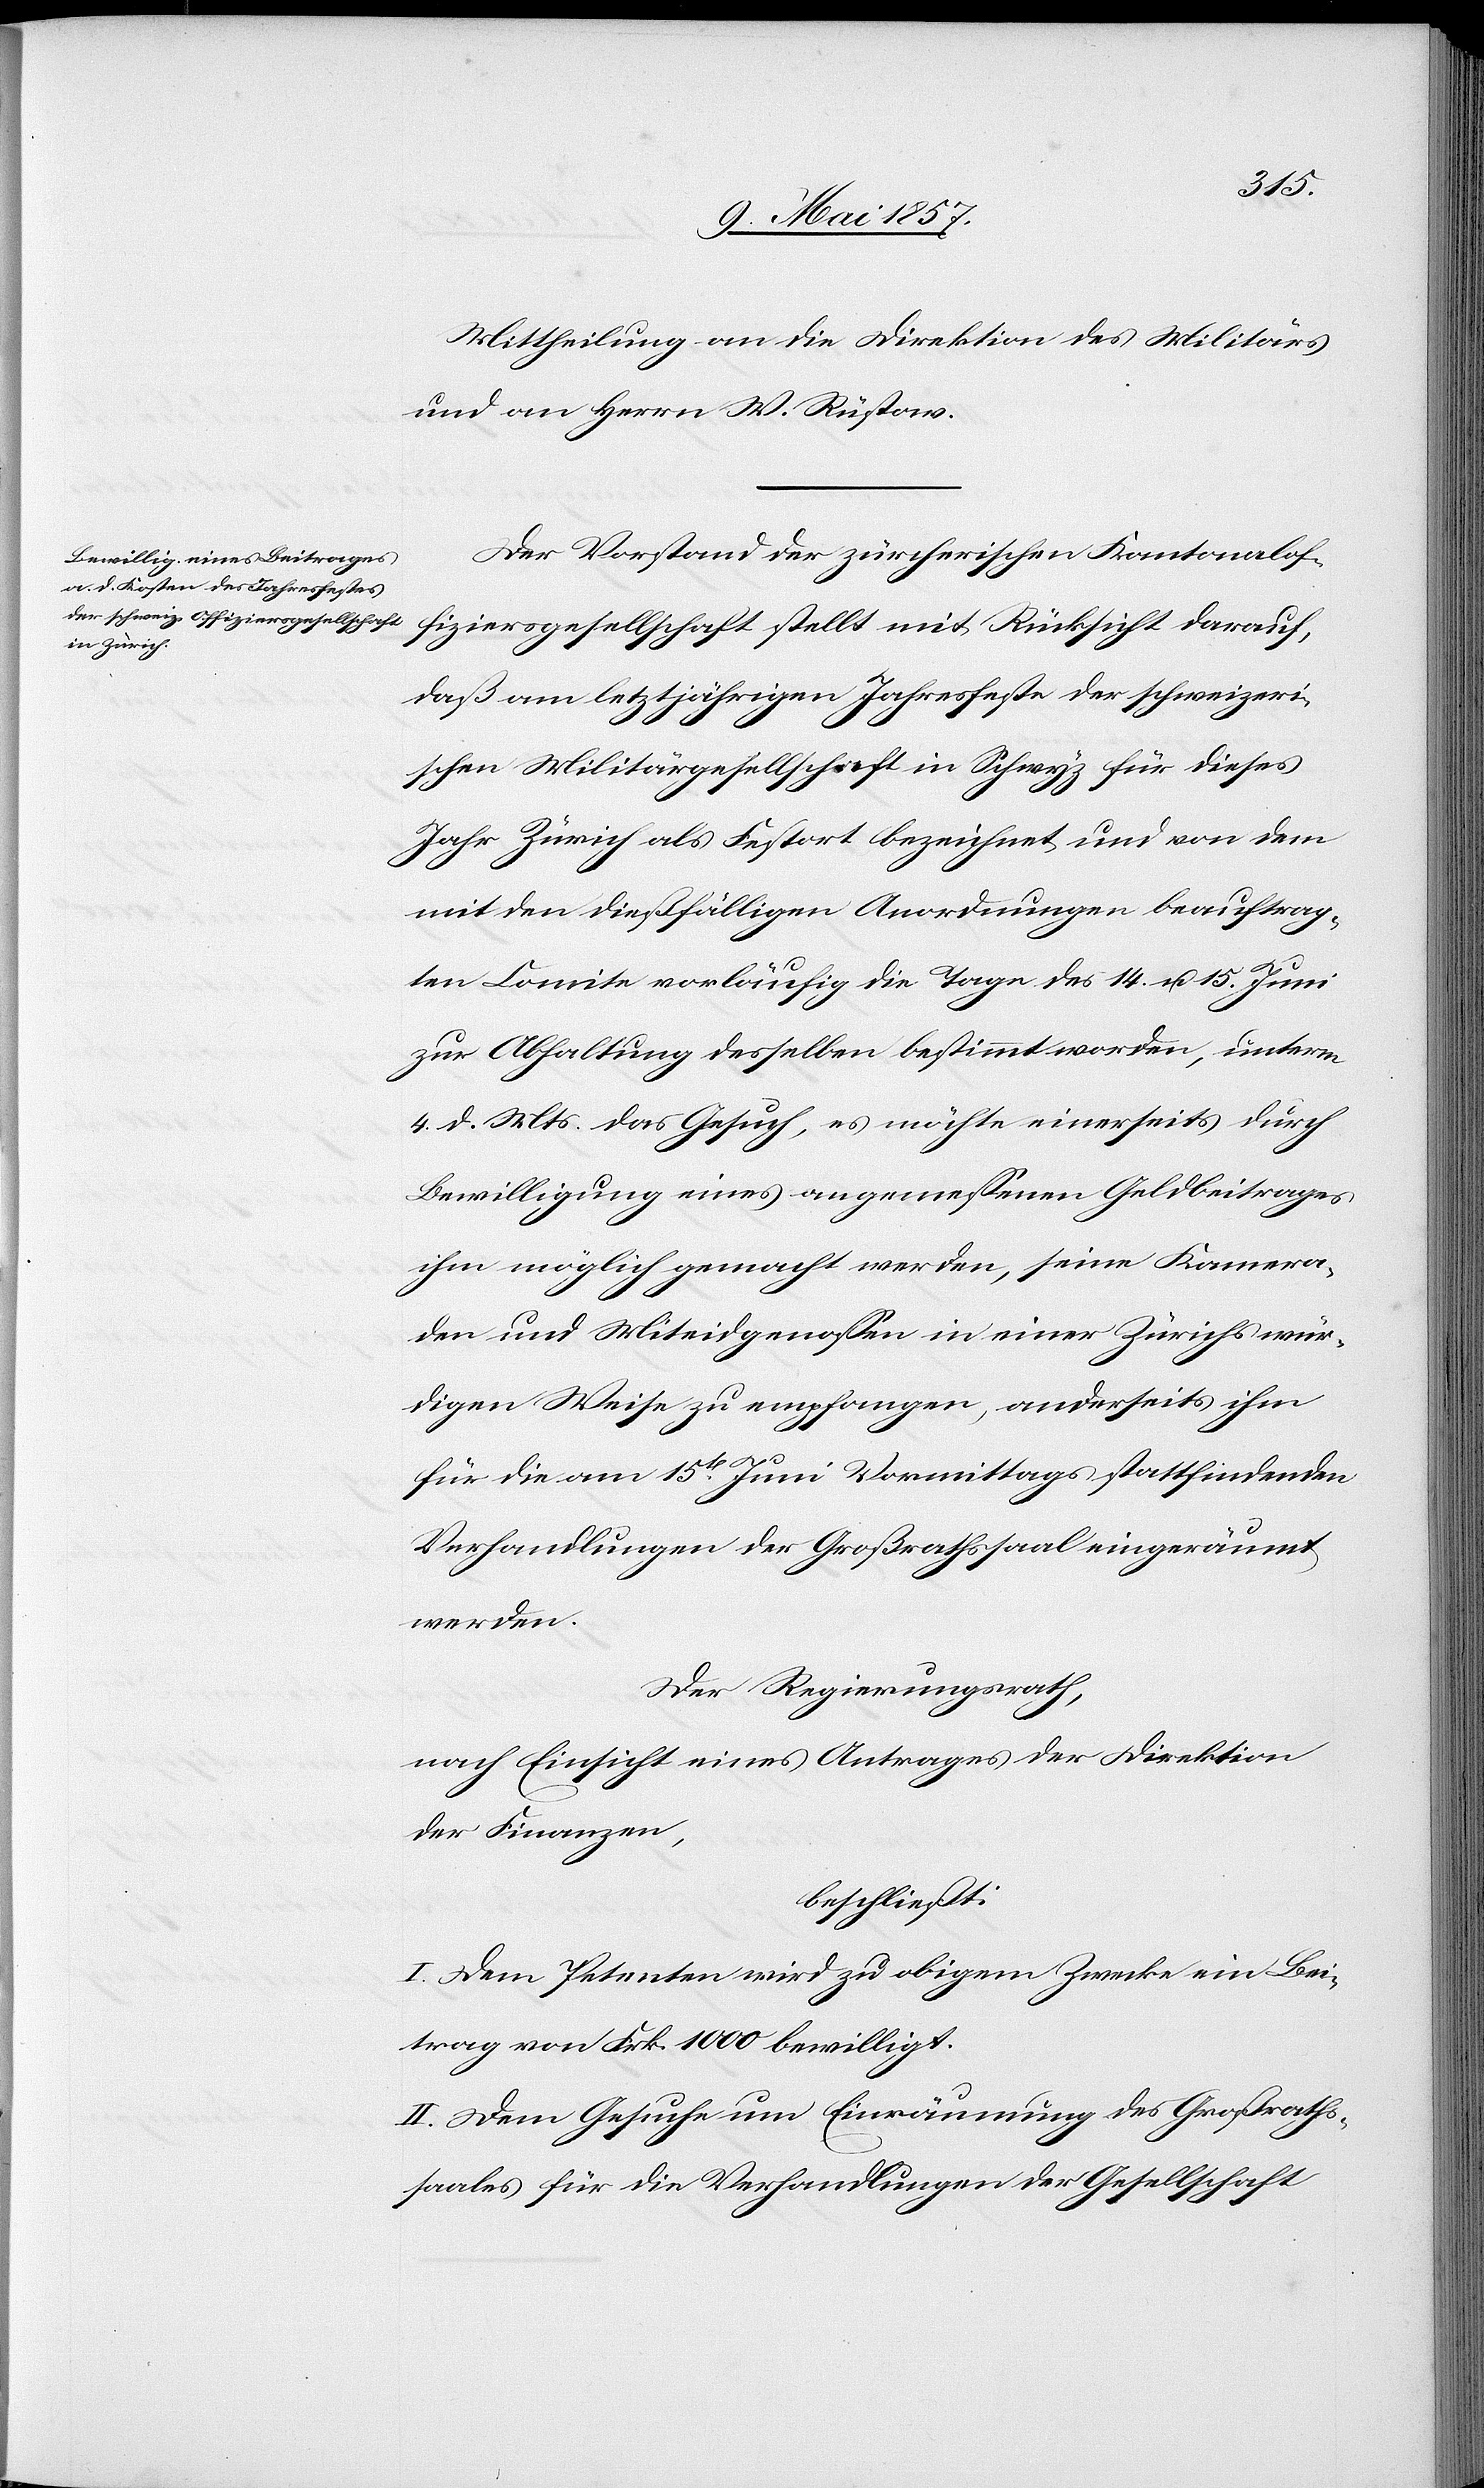
Mittheilung an die Direktion des Militärs
und an Herrn W. Rüstow.
Der Vorstand der zürcherischen Kantonalof¬
fiziersgesellschaft stellt mit Rücksicht darauf,
daß am letztjährigen Jahresfeste der schweizeri¬
schen Militärgesellschaft in Schwyz für dieses
Jahr Zürich als Festort bezeichnet und von dem
mit den dießfälligen Anordnungen beauftrag¬
ten Comite vorläufig die Tage des 14 u. 15 Juni
zur Abhaltung desselben bestimmt worden, unterm
4 d. Mts. das Gesuch, es möchte einerseits durch
Bewilligung eines angemessenen Geldbeitrages
ihm möglich gemacht werden, seine Kamera¬
den und Miteidgenossen in einer Zürichs wür¬
digen Weise zu empfangen, anderseits ihm
für die am 15ten Juni Vormittags stattfindenden
Verhandlungen der Großrathssaal eingeräumt
werden.
Der Regierungsrath,
nach Einsicht eines Antrages der Direktion
der Finanzen,
beschließt:
I. Dem Petenten wird zu obigem Zwecke ein Bei¬
trag von Frk. 1000 bewilligt.
II. Dem Gesuche um Einräumung des Großraths¬
saales für die Verhandlungen der Gesellschaft